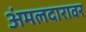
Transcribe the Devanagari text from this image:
अंमलदारावर